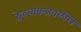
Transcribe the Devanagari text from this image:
हेळवाकजवळील